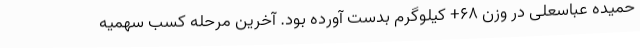
حمیده عباسعلی در وزن ۶۸+ کیلوگرم بدست آورده بود. آخرین مرحله کسب سهمیه